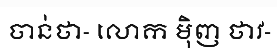
ចាន់ថា- លោក ម៉ិញ ថាវ-